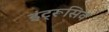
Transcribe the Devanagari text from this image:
इंट्रूसिव